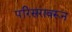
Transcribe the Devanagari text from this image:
परिसरावरून